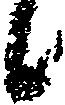
々